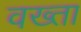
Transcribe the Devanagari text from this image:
वख्‍ता